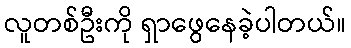
လူတစ်ဦးကို ရှာဖွေနေခဲ့ပါတယ်။